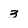
Character: 3